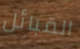
القبائل